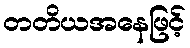
တတိယအနေဖြင့်